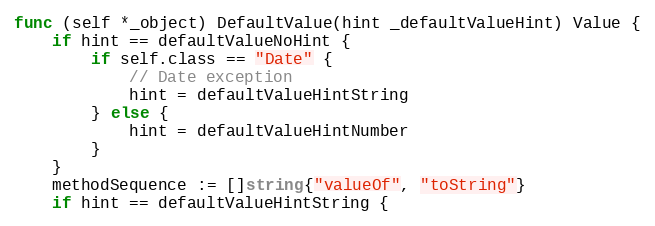
Language: Go
func (self *_object) DefaultValue(hint _defaultValueHint) Value {
	if hint == defaultValueNoHint {
		if self.class == "Date" {
			// Date exception
			hint = defaultValueHintString
		} else {
			hint = defaultValueHintNumber
		}
	}
	methodSequence := []string{"valueOf", "toString"}
	if hint == defaultValueHintString {